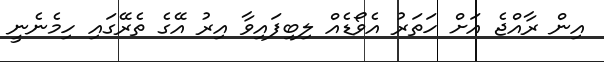
އިން ރާއްޖެ އަށް ހަތަރު އެވޯޑެއް ލިބިފައިވާ އިރު އޭގެ ތެރޭގައި ހިމެނެނީ